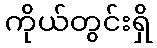
ကိုယ်တွင်းရှိ